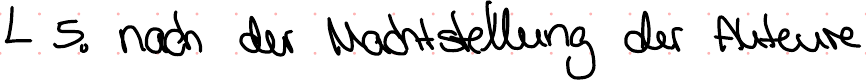
5. nach der Machtstellung der Akteure